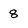
Character: 8